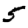
Digit: 5